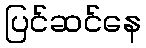
ပြင်ဆင်နေ